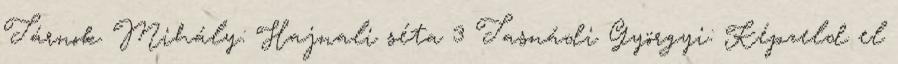
Tárnok Mihály: Hajnali séta 3 Tasnádi Györgyi: Képzeld el